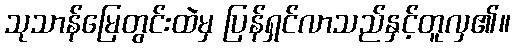
သုသာန်မြေတွင်းထဲမှ ပြန်ရှင်လာသည်နှင့်တူလှ၏။